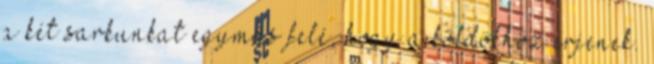
a két sarkunkat egymás felé, hogy a köldökhöz érjenek.